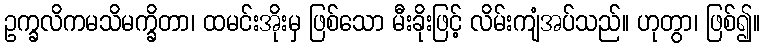
ဥက္ခလိကမသိမက္ခိတာ၊ ထမင်းအိုးမှ ဖြစ်သော မီးခိုးဖြင့် လိမ်းကျံအပ်သည်။ ဟုတွာ၊ ဖြစ်၍။